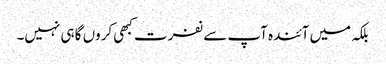
بلکہ میں آئندہ آپ سے نفرت کبھی کروں گا ہی نہیں۔